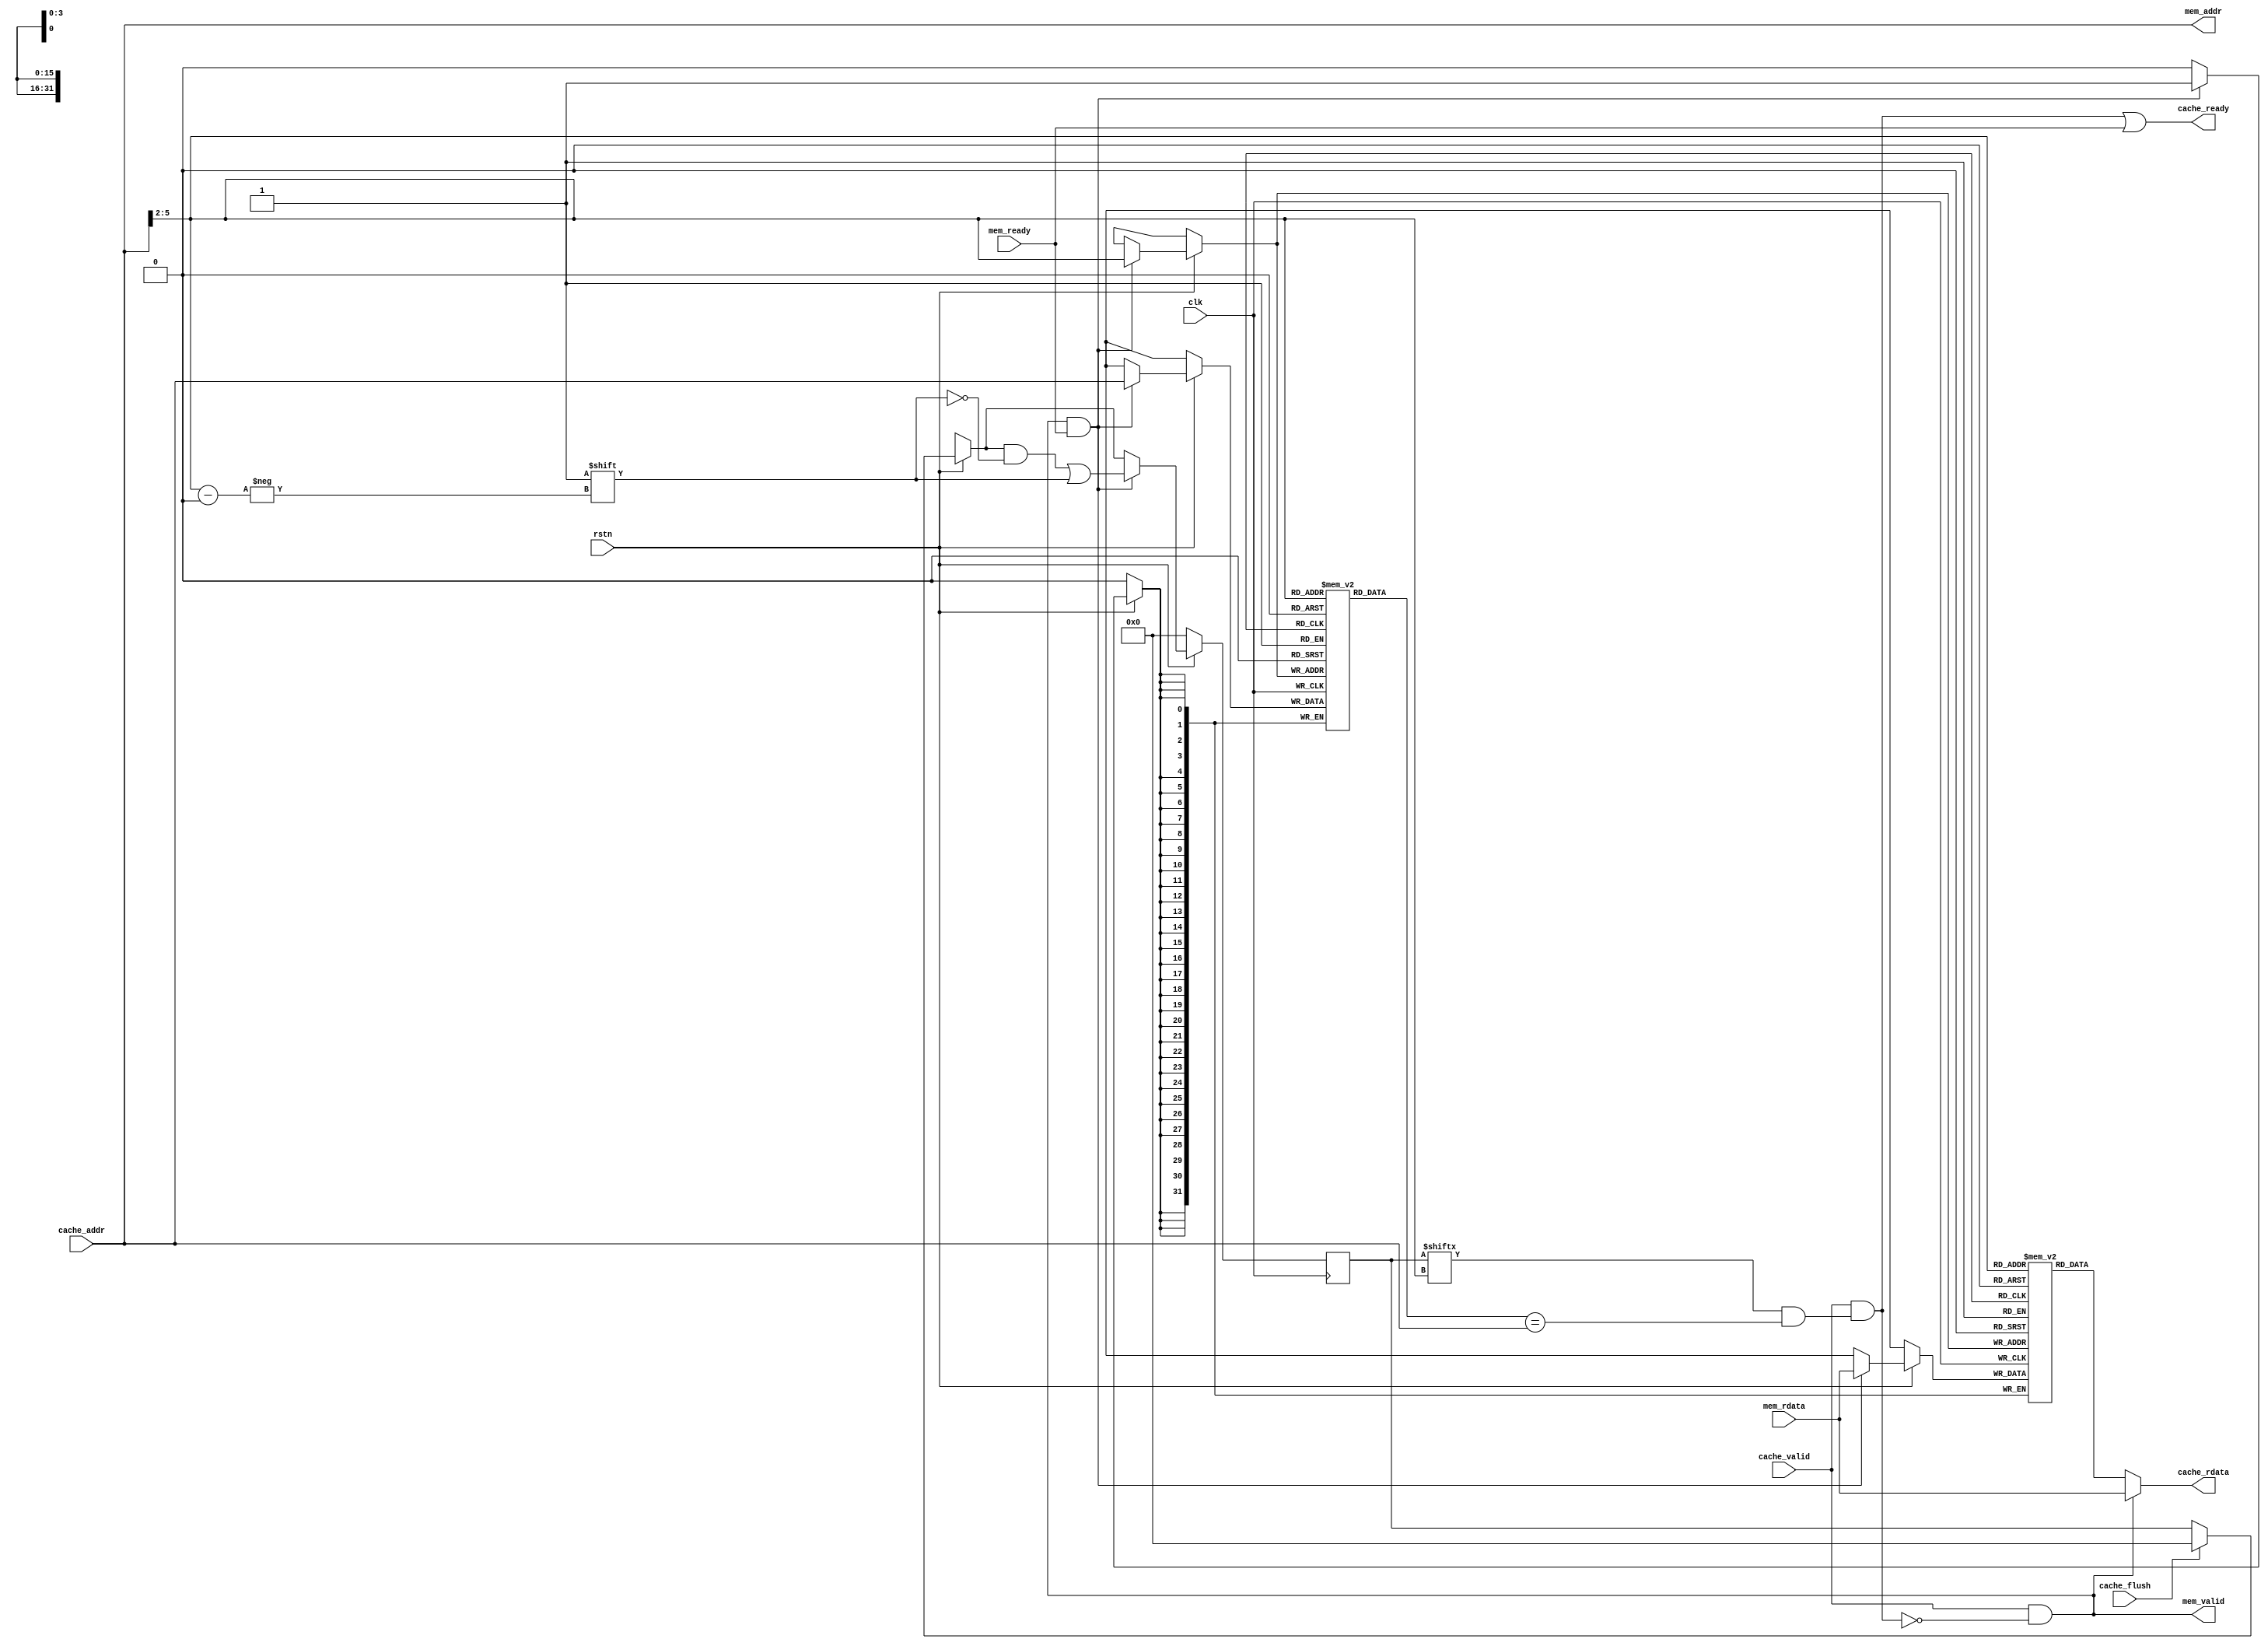
module icache (
    clk, rstn,
    cache_flush,
    cache_valid, cache_ready, cache_addr, cache_rdata,
    mem_valid, mem_ready, mem_addr, mem_rdata
);
    parameter DEPTH = 4;
    localparam WORDS = 1 << DEPTH;

    input clk, rstn;
    input cache_flush;

    input cache_valid;
    output cache_ready;
    input [31:0] cache_addr;
    output [31:0] cache_rdata;

    output mem_valid;
    input mem_ready;
    output [31:0] mem_addr;
    input [31:0] mem_rdata;

    wire [DEPTH-1:0] tag = cache_addr[DEPTH-1+2:2];

    reg [WORDS-1:0] valid;
    reg [31:0] match [WORDS-1:0];
    reg [31:0] cache [WORDS-1:0];

    wire cache_hit = cache_valid && (valid[tag] && match[tag] == cache_addr);

    assign cache_ready = cache_hit || mem_ready;
    assign cache_rdata = mem_valid ? mem_rdata : cache[tag];

    assign mem_addr = cache_addr;
    assign mem_valid = cache_valid && !cache_hit;

    always @ (posedge clk) if(!rstn) begin
        valid <= 0;
    end else begin
        if(cache_flush) valid <= 0;
        if(mem_valid && mem_ready) begin
            valid[tag] <= 1;
            match[tag] <= cache_addr;
            cache[tag] <= mem_rdata;
        end
    end
endmodule